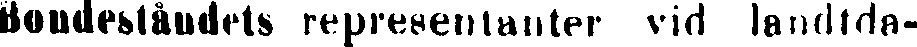
Bondeståndets representanter vid landtda-